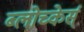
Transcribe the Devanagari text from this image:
ब्लोच्केर्स्